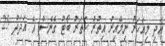
އަދި މިއަހަރު ނިމޭއިރު އިތުރު ހަތަރު ބޯޓު ގެނެސް އެ އަދަދު 25